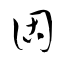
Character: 固